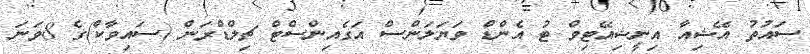
ސައުތު އޭޝިއާ އިނީޝިއޭޓިވް ޓު އެންޑް ވަޔަލަންސް އަގެއިންސްޓް ޗިލްޑްރަން (ސައިވާކް)ގެ 8ވަނަ